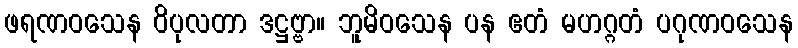
ဖရဏဝသေန ဝိပုလတာ ဒဋ္ဌဗ္ဗာ။ ဘူမိဝသေန ပန ဧတံ မဟဂ္ဂတံ ပဂုဏဝသေန